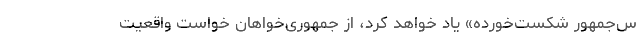
س‌جمهور شکست‌خورده» یاد خواهد کرد، از جمهوری‌خواهان خواست واقعیت